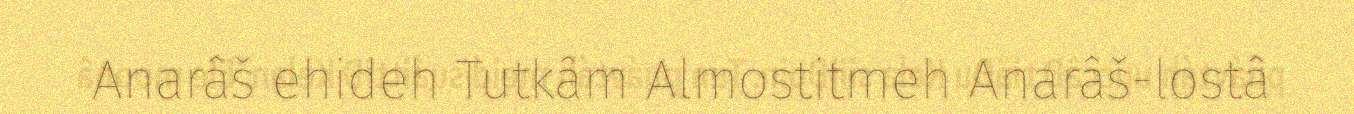
Anarâš ehideh Tutkâm Almostitmeh Anarâš-lostâ